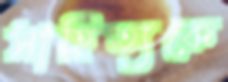
সাহিত্যকে